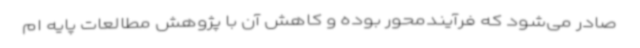
صادر می‌شود که فرآیندمحور بوده و کاهش آن با پژوهش مطالعات پایه ام